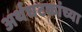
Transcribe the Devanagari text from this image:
अर्थघटकांच्या